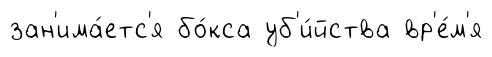
зан'има́етс'я бо́кса уб'и́йства вр'е́м'я